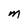
Character: M